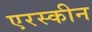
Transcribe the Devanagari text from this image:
एरस्कीन